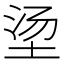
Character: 𮰠